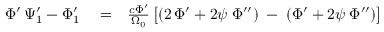
\begin{array} { r l r } { \Phi ^ { \prime } \, \Psi _ { 1 } ^ { \prime } - \Phi _ { 1 } ^ { \prime } } & { { } = } & { \frac { c \Phi ^ { \prime } } { \Omega _ { 0 } } \left[ ( 2 \, \Phi ^ { \prime } + 2 \psi \; \Phi ^ { \prime \prime } ) \; - \frac { } { } ( \Phi ^ { \prime } + 2 \psi \; \Phi ^ { \prime \prime } ) \right] } \end{array}